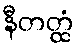
နီတတ္ထံ